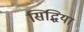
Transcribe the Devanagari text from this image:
सिद्धिया